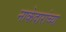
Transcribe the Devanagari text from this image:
नाकेदारांच्या